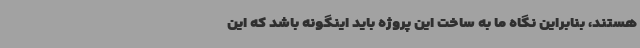
هستند، بنابراین نگاه ما به ساخت این پروژه باید اینگونه باشد که این